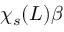
\chi _ { s } ( L ) \beta